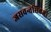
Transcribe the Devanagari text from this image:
जसवन्तसिहजी